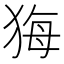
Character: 𤞦